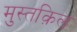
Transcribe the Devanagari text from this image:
मुस्तक़िल